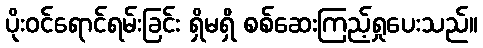
ပိုးဝင်ရောင်ရမ်းခြင်း ရှိမရှိ စစ်ဆေးကြည့်ရှုပေးသည်။